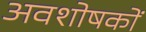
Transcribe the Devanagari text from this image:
अवशोषकों